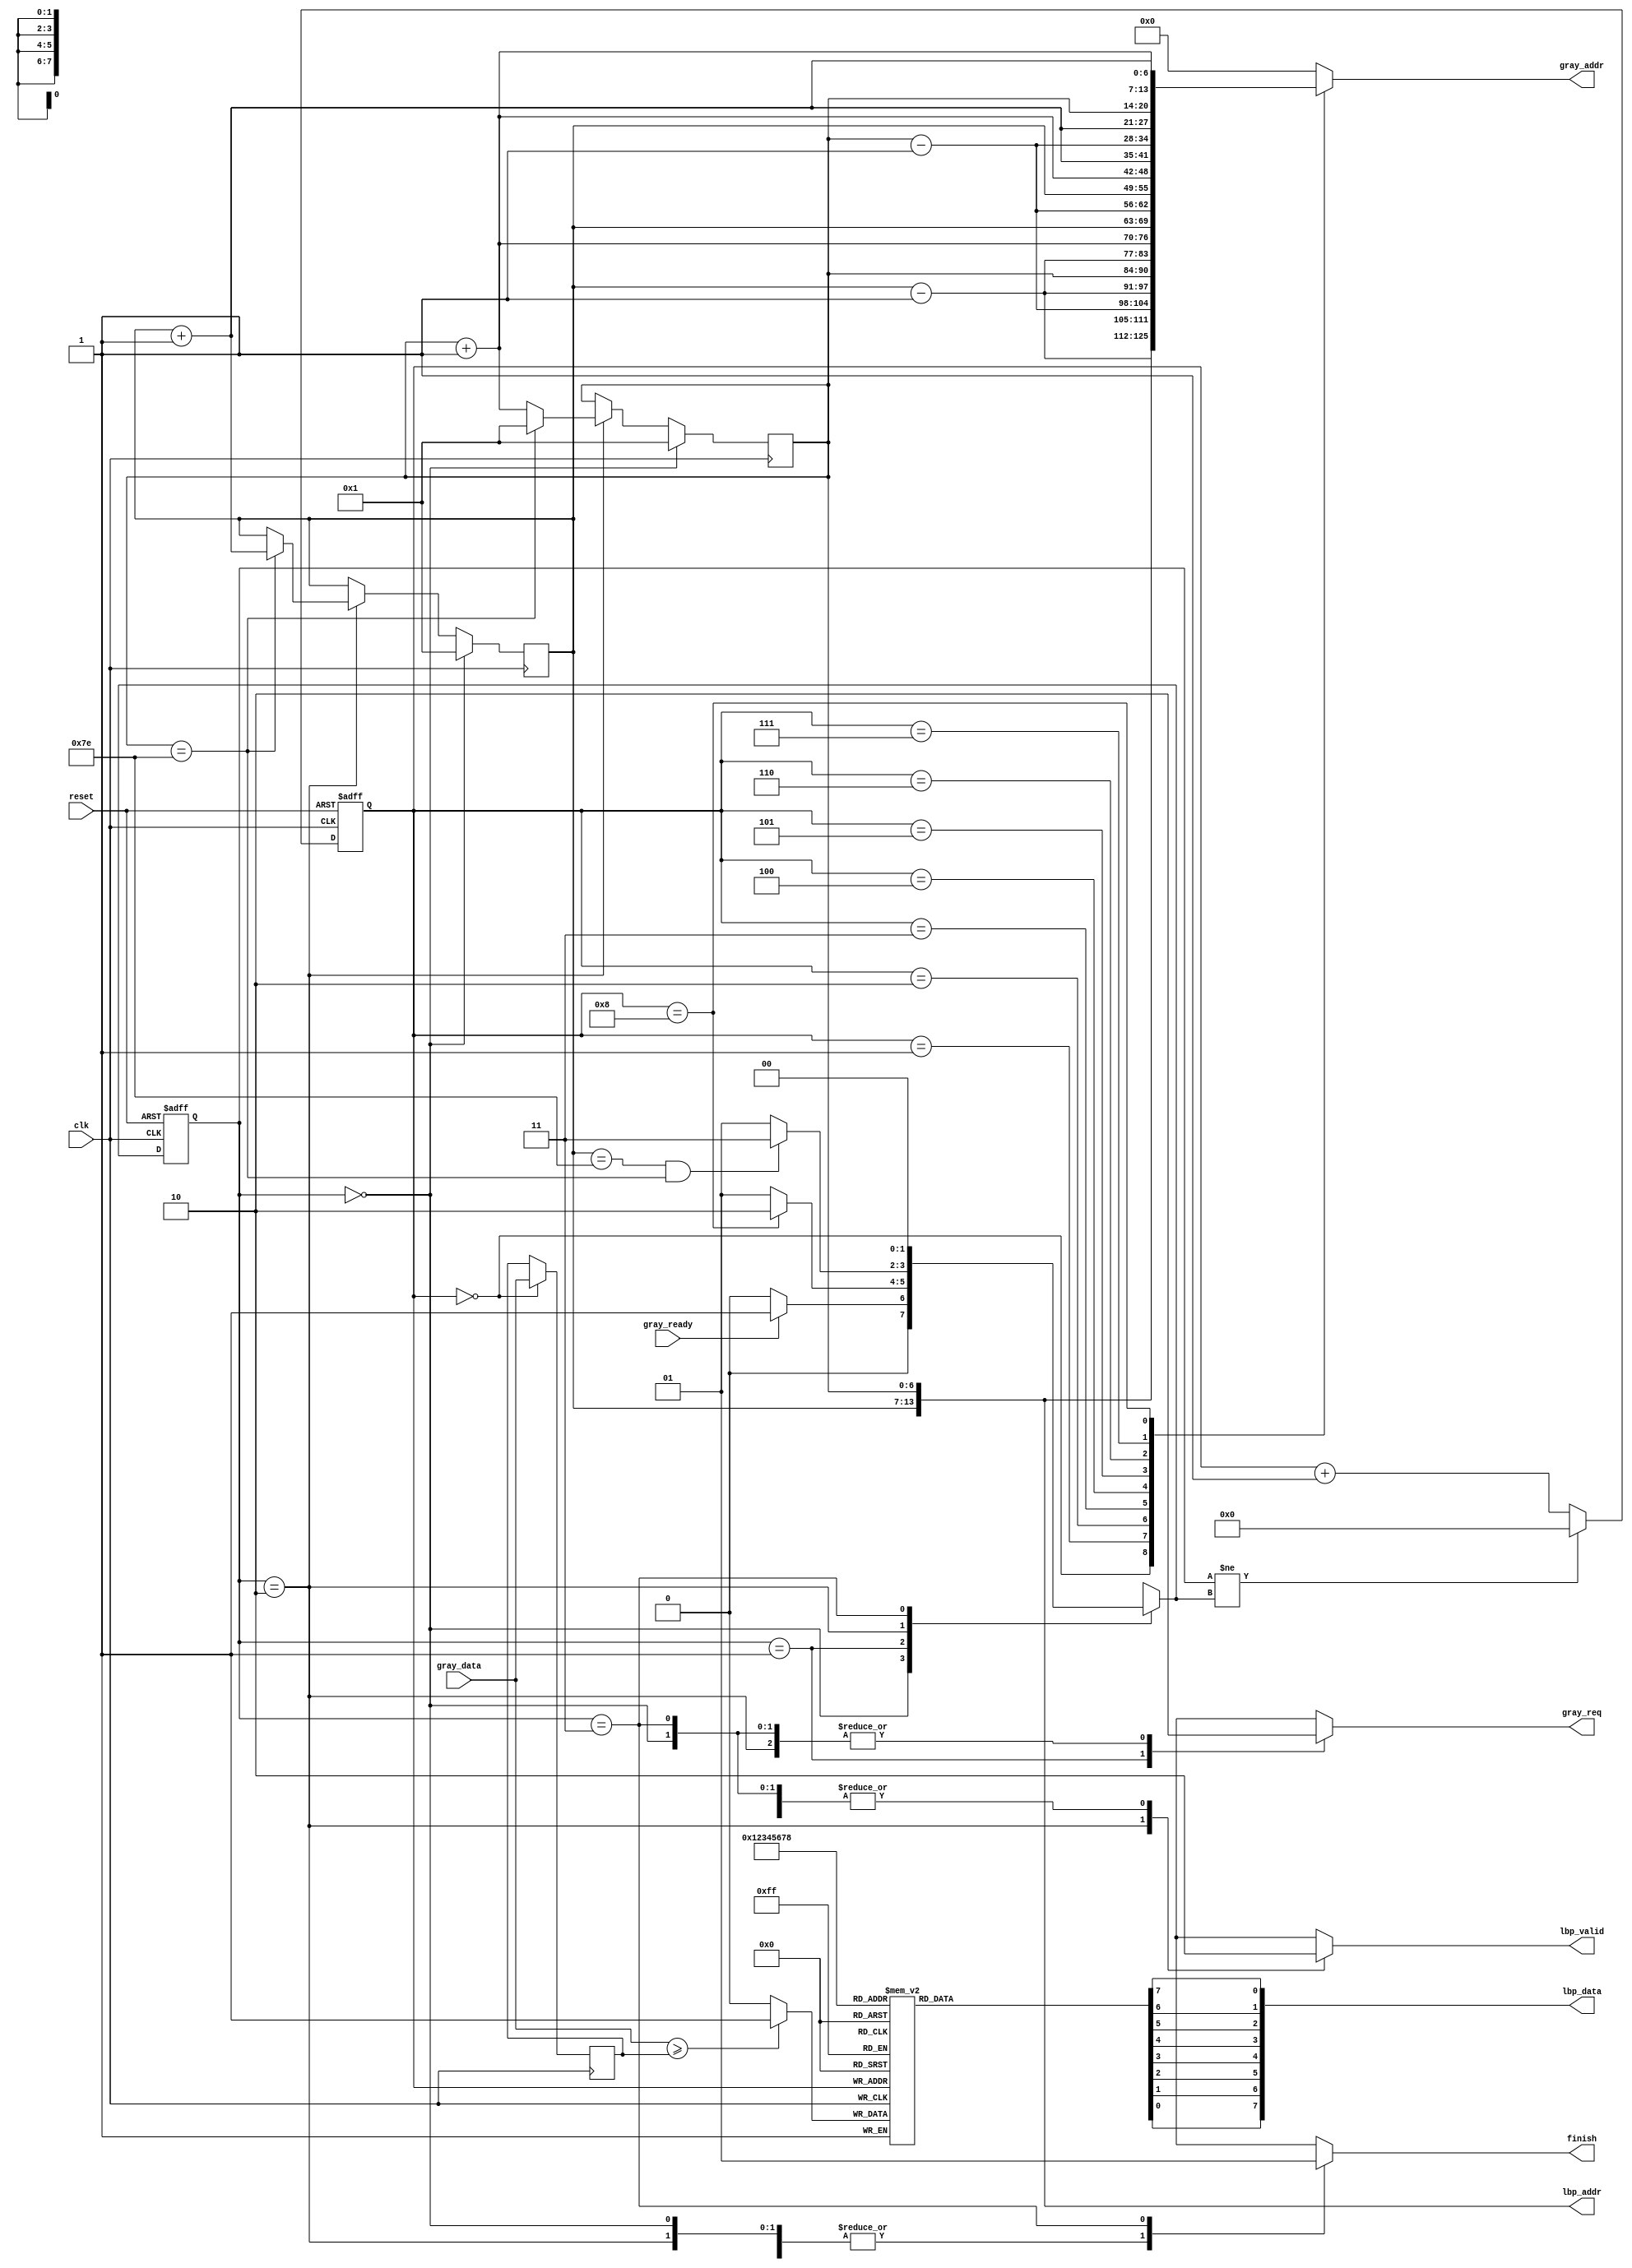
`timescale 1ns/10ps
module LBP ( clk, reset, gray_addr, gray_req, gray_ready, gray_data, lbp_addr, lbp_valid, lbp_data, finish);

  input   	clk;
  input   	reset;
  output reg [13:0] 	gray_addr;
  output  reg    	gray_req;
  input   	gray_ready;
  input   [7:0] 	gray_data;
  output  [13:0] 	lbp_addr;
  output reg 	lbp_valid;
  output  [7:0] 	lbp_data;
  output reg finish;
//====================================================================
  parameter   RST    = 2'b00,
              COMP   = 2'b01,
              WRITE  = 2'b10,
              DONE   = 2'b11;
  
  reg [1:0] state;
  reg [1:0] n_state;
  
  reg [6:0] row;
  reg [6:0] col;
  reg [7:0] threshold;
  reg g [1:8];
  
  reg [3:0] counter;
  
  assign lbp_data = {g[8], g[7], g[6], g[5], g[4], g[3], g[2], g[1]};
  assign lbp_addr = {row, col};
  
  always@(posedge clk or posedge reset)begin
    if(reset)begin
      state <= RST;
    end else begin
      state <= n_state;
    end
  end
  
  always@(posedge clk or posedge reset)begin
    if(reset)begin
      counter <= 4'd0;
    end else if(state!=n_state)begin
      counter <= 4'd0;
    end else begin
      counter <= counter + 4'd1;
    end
  end
  
  always@(posedge clk)begin
    if(state==RST)begin
      row <= 7'd1;
      col <= 7'd1;
    end else if(state==WRITE)begin
      if(col==7'd126)begin
        row <= row + 7'd1;
        col <= 7'd1;
      end else begin
        row <= row;
        col <= col + 7'd1;
      end
    end
  end
  
  always@(posedge clk)begin
    if(counter==4'd0)begin
      threshold <= gray_data;
    end
  end
  
  always@(posedge clk)begin
    g[counter] <= (gray_data>=threshold)?1'b1:1'b0;
  end
  
  always@(*)begin
    case(counter)
      4'd0:gray_addr = {row, col};
      4'd1:gray_addr = {row-7'd1, col-7'd1};
      4'd2:gray_addr = {row-7'd1, col};
      4'd3:gray_addr = {row-7'd1, col+7'd1};
      4'd4:gray_addr = {row, col-7'd1};
      4'd5:gray_addr = {row, col+7'd1};
      4'd6:gray_addr = {row+7'd1, col-7'd1};
      4'd7:gray_addr = {row+7'd1, col};
      4'd8:gray_addr = {row+7'd1, col+7'd1};
      default:gray_addr = 14'd0;
    endcase
  end
  
  always@(*)begin
    case(state)
      RST:begin
        gray_req = 1'b0;
        lbp_valid = 1'b0;
        finish = 1'b0;
        n_state = (gray_ready)?COMP:RST;
      end
      COMP:begin
        gray_req = 1'b1;
        lbp_valid = 1'b0;
        finish = 1'b0;
        n_state = (counter==4'd8)?WRITE:COMP;
      end
      WRITE:begin
        gray_req = 1'b0;
        lbp_valid = 1'b1;
        finish = 1'b0;
        n_state = (row==7'd126 && col==7'd126)?DONE:COMP;
      end
      DONE:begin
        gray_req = 1'b0;
        lbp_valid = 1'b0;
        finish = 1'b1;
        n_state = RST;
      end
      default:begin
        gray_req = 1'b0;
        lbp_valid = 1'b0;
        finish = 1'b0;
        n_state = RST;
      end
    endcase
  end
  
//====================================================================
endmodule